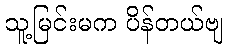
သူ့မြင်းမက ပိန်တယ်ဗျ